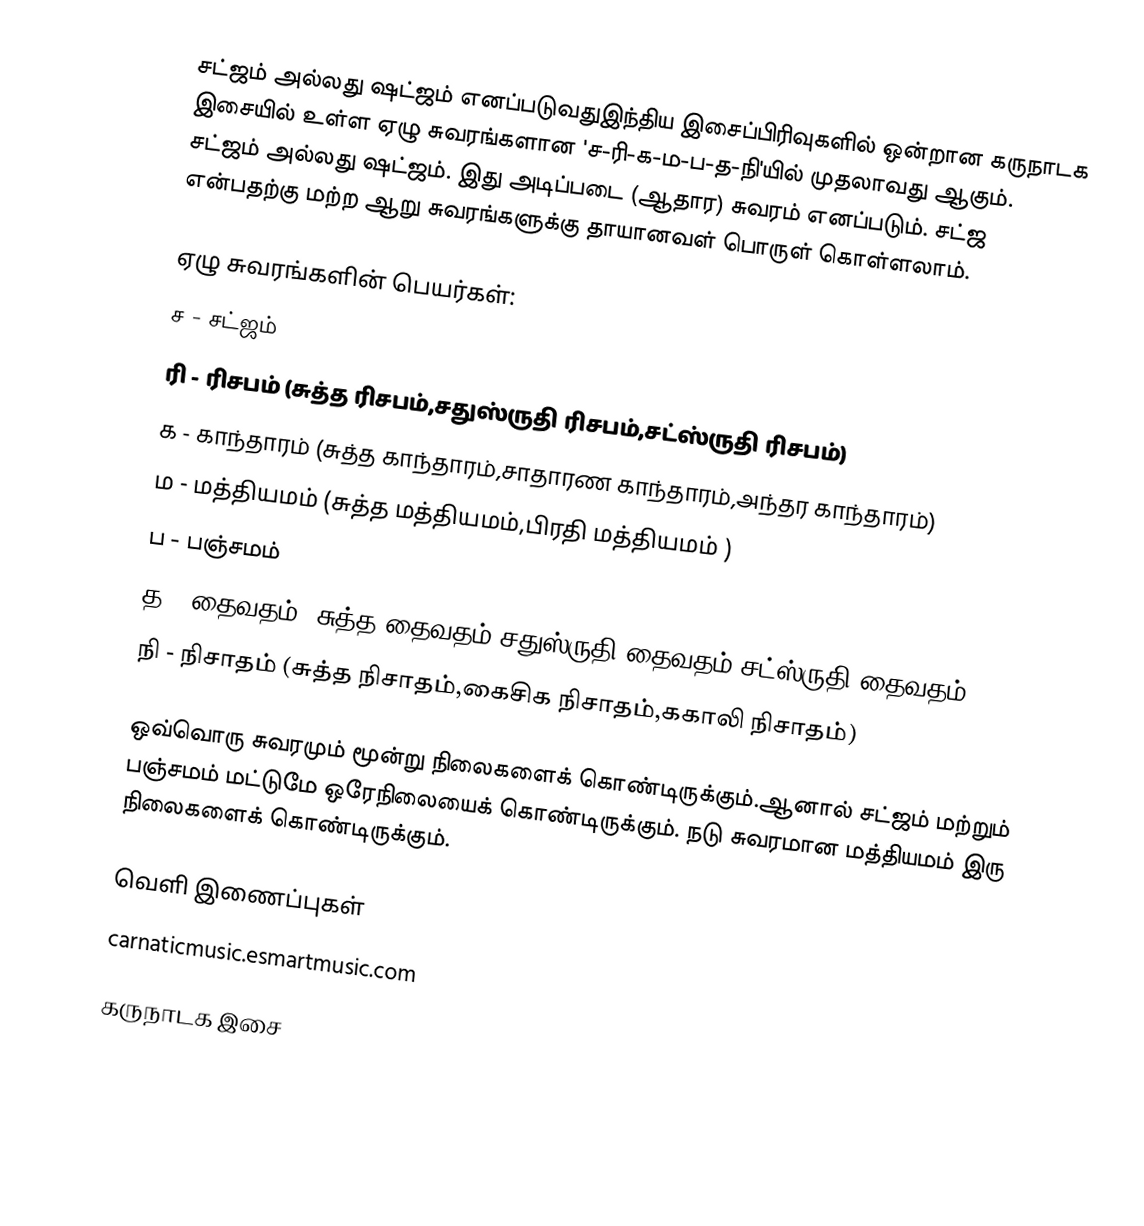
சட்ஜம் அல்லது ஷட்ஜம் எனப்படுவதுஇந்திய இசைப்பிரிவுகளில் ஒன்றான கருநாடக இசையில் உள்ள ஏழு சுவரங்களான 'ச-ரி-க-ம-ப-த-நி'யில் முதலாவது ஆகும். சட்ஜம் அல்லது ஷட்ஜம். இது அடிப்படை (ஆதார) சுவரம் எனப்படும். சட்ஜ என்பதற்கு மற்ற ஆறு சுவரங்களுக்கு தாயானவள் பொருள் கொள்ளலாம்.

ஏழு சுவரங்களின் பெயர்கள்:
 ச - சட்ஜம்
 ரி - ரிசபம் (சுத்த ரிசபம்,சதுஸ்ருதி ரிசபம்,சட்ஸ்ருதி ரிசபம்)
 க - காந்தாரம் (சுத்த காந்தாரம்,சாதாரண காந்தாரம்,அந்தர காந்தாரம்)
 ம - மத்தியமம் (சுத்த மத்தியமம்,பிரதி மத்தியமம் )
 ப - பஞ்சமம்
 த - தைவதம் (சுத்த தைவதம்,சதுஸ்ருதி தைவதம்,சட்ஸ்ருதி தைவதம்)
 நி - நிசாதம் (சுத்த நிசாதம்,கைசிக நிசாதம்,ககாலி நிசாதம்)

ஒவ்வொரு சுவரமும் மூன்று நிலைகளைக் கொண்டிருக்கும்.ஆனால் சட்ஜம் மற்றும் பஞ்சமம் மட்டுமே ஒரேநிலையைக் கொண்டிருக்கும். நடு சுவரமான மத்தியமம் இரு நிலைகளைக் கொண்டிருக்கும்.

வெளி இணைப்புகள்
 carnaticmusic.esmartmusic.com

கருநாடக இசை